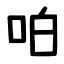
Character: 㕷